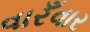
વારઁવાર